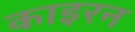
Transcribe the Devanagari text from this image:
काइरन